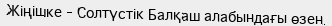
Жіңішке – Солтүстік Балқаш алабындағы өзен.